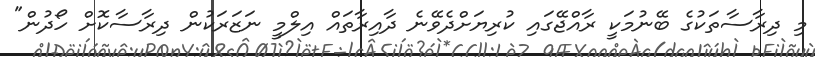
މި ދިރާސާތަކުގެ ބޭނުމަކީ ރާއްޖޭގައި ކުރިޔަށްދެވޭނެ ދާއިރާތައް އިލްމީ ނަޒަރަކުން ދިރާސާކޮށް ހޯދުން"